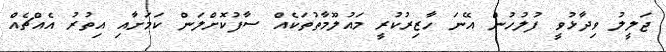
ޖަލީލު ވިދާޅުވީ ފުލުހުން އޭނަ ހާޒިރުކުރީ މައުލޫމާތުތަކެއް ސާފުކޮށްލަން ކަމަށާއި އިތުރު އެއްޗެއް